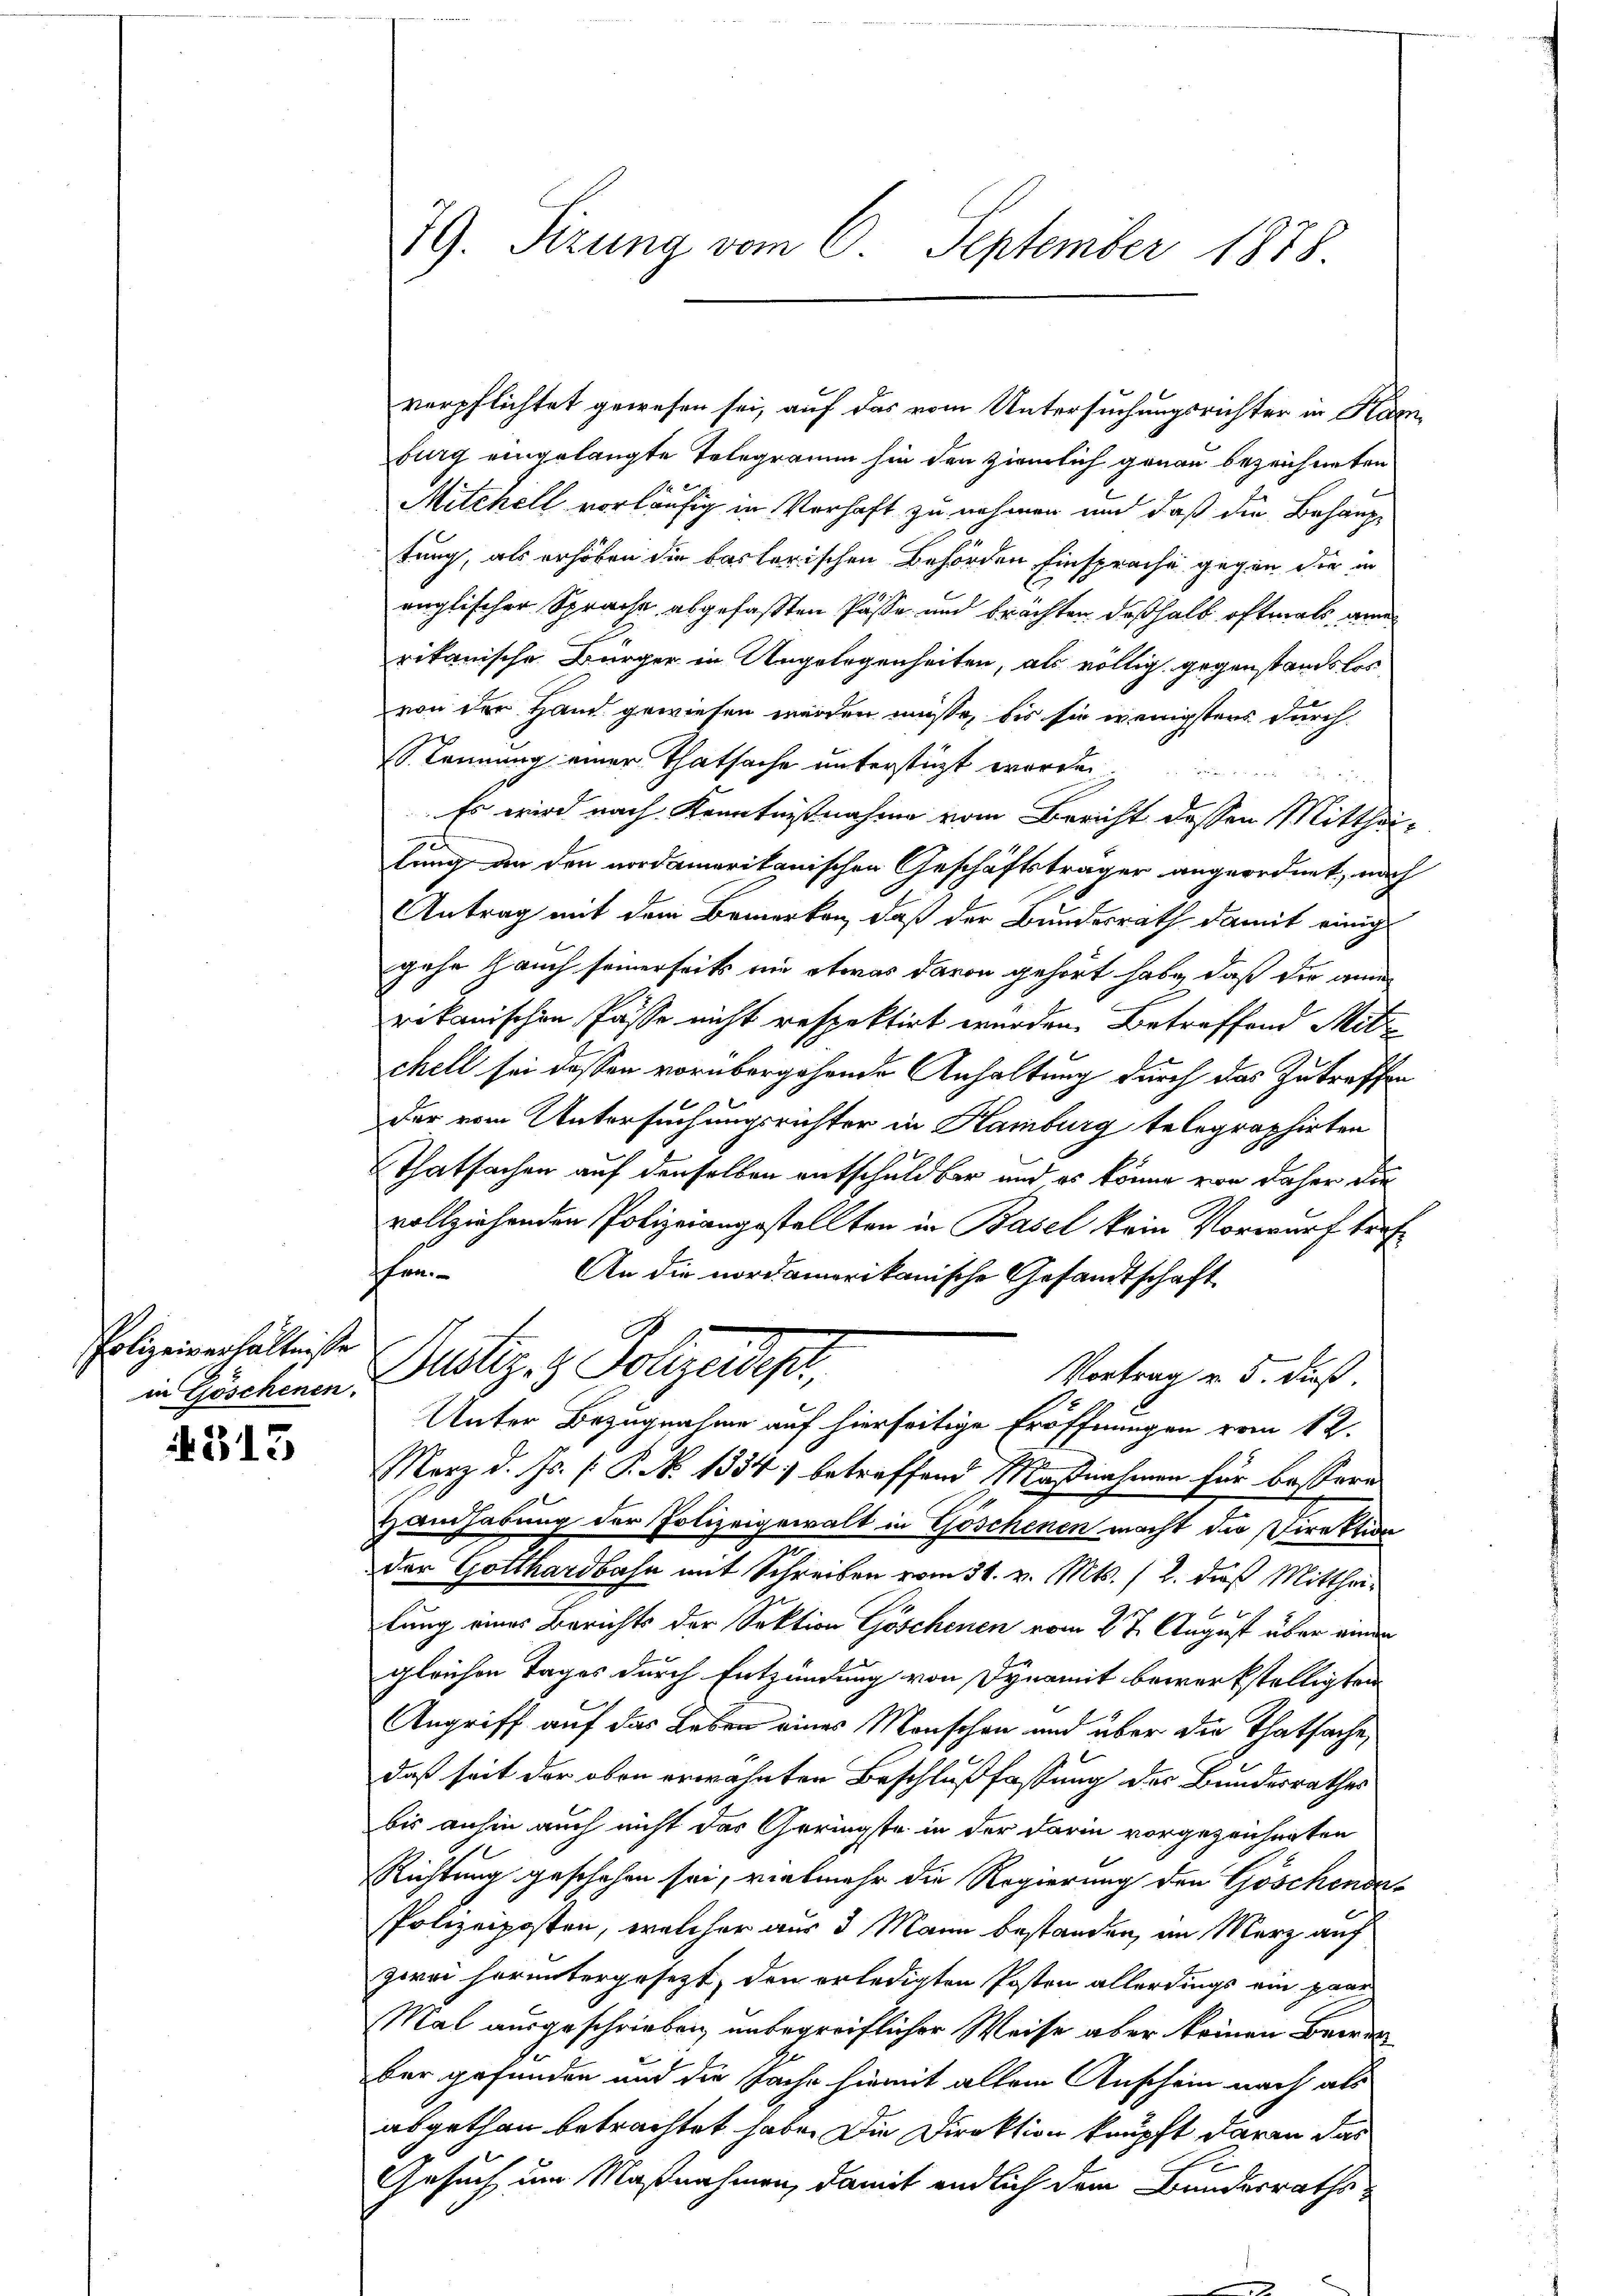
Polizeiverhältniße
in Göschenen.

313

29. Sizung vom 6. September 1878.

verpflichtet gewesen sei, auf das vom Untersuchungsrichter in Kamburg eingelangte Telegramm hin den ziemlich genau bezeichneten
Mitchell vorläufig in Verhaft zu nehmen und daß die Behangetung, als erhoben die baslerischen Behörden Einsprache gegen der in
ruglischer Sprache abgefaßten Pässe und brachten deßhalb oftmals eine
rikanische Bürger in Angelegenheiten, als völlig gegenstandslos,
von der Hand gewiesen werden müße, bis sie wenigstens durch
s kennung einer Thatsache unterstüzt worden
Es wird nach Kenntnißnahme vom Bericht dessen Mittheilung an den nordamerikanischen Geschäftsträger angeordnet, nach
Antrag mit dem Bemerken, daß der Bundesrath damit einig
gehe Hauch seinerseits nie etwas davon gehört habe, daß die an
rikanischen Pässe nicht respektirt wurden. Betreffend Metz
chell sei dessen vorübergehende Anhaltung durch das Zutreffen
der vom Untersuchungsrichter in Hamburg telegraphirten
Thatsachen auf denselben entschuldbar und es könne von daher die
vollziehenden Polizeiangestellten in Basel kein Vorwurf trafhlen
An die nordamerikanische Gesandtschaft
Stiz & Polizeidep
Vortrag v. 5. dieß.
Unter Bezugnahme auf hierseitige Eröffnungen vom 12.
A
Merz d. Js. [ P. N. 1334) betreffend Maßnahmen für bessere
Handhabung der Polizeigewalt in Göschenen macht der Direktion
der Gotthardbahn mit Schreiben vom 31. v. Mts. (2. dieß Mittheilung eines Berichts der Sektion Göschenen vom 27. August über einem
gleichen Tages durch Entzündung von Dynamit bewerkstelligten
Angriff auf das Leben eines Menschen und über die Thatsache,
daß seit der oben erwähnten Beschlußfassung der Bundesrathes
bis anhin auch nicht das Geringste in der darin vorgezeichneten
Richtung geschehen sei, vielmehr die Regierung den Göschende-
Polizeiposten, welcher aus 3 Mann bestanden, an Merz auf
zwei horuntergesezt, den erledigten Posten allerdings ein paar
Mal ausgeschrieben unbegreiflicher Weise aber keinen Bewen
ber gefunden und die Sache hiemit allein Anschein nach als
abgethan betrachtet habe. Die Direktion knüpft daran das
Gesuch um Maßnahmen, damit endlich dem Bundesraths